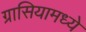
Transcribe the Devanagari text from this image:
ग्रासियामध्ये